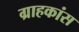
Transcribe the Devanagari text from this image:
ग्राहकांस